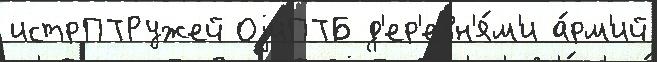
истрПТРужей ОjиПТБ д'ер'евн'я́м'и а́рм'ий